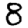
Digit: 8